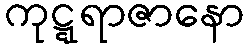
ကုဋ္ဋရာဇာနော